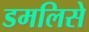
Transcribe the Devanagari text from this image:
डमलिसे